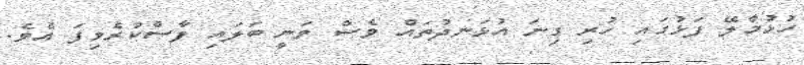
ހުޅުމާލޭ ފަޅުގައި ހުރި ގިނަ އުޅަނދުތައް ވެސް ވަނީ ބަލައި ފާސްކުރެވިފަ އެވެ.